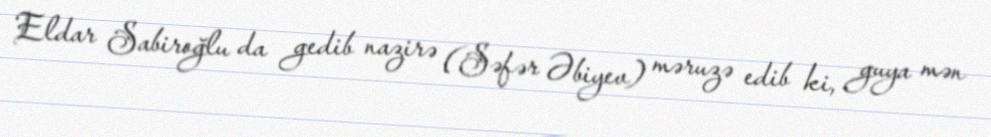
Eldar Sabiroğlu da gedib nazirə (Səfər Əbiyev) məruzə edib ki, guya mən